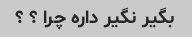
بگیر نگیر داره چرا ‌؟ ؟